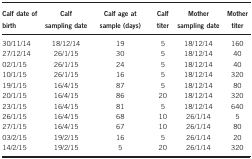
<table><thead><tr><td><b>Calf date of birth</b></td><td><b>Calf sampling date</b></td><td><b>Calf age at sample (days)</b></td><td><b>Calf titer</b></td><td><b>Mother sampling date</b></td><td><b>Mother titer</b></td></tr></thead><tbody><tr><td>30/11/14</td><td>18/12/14</td><td>19</td><td>5</td><td>18/12/14</td><td>160</td></tr><tr><td>27/12/14</td><td>26/1/15</td><td>30</td><td>5</td><td>18/12/14</td><td>40</td></tr><tr><td>02/1/15</td><td>26/1/15</td><td>24</td><td>5</td><td>18/12/14</td><td>40</td></tr><tr><td>10/1/15</td><td>26/1/15</td><td>16</td><td>5</td><td>18/12/14</td><td>320</td></tr><tr><td>19/1/15</td><td>16/4/15</td><td>87</td><td>5</td><td>18/12/14</td><td>80</td></tr><tr><td>20/1/15</td><td>16/4/15</td><td>86</td><td>20</td><td>18/12/14</td><td>320</td></tr><tr><td>23/1/15</td><td>16/4/15</td><td>81</td><td>5</td><td>18/12/14</td><td>640</td></tr><tr><td>26/1/15</td><td>16/4/15</td><td>68</td><td>10</td><td>26/1/14</td><td>5</td></tr><tr><td>27/1/15</td><td>16/4/15</td><td>67</td><td>10</td><td>26/1/14</td><td>80</td></tr><tr><td>03/2/15</td><td>19/2/15</td><td>16</td><td>5</td><td>26/1/14</td><td>20</td></tr><tr><td>14/2/15</td><td>19/2/15</td><td>5</td><td>20</td><td>26/1/14</td><td>320</td></tr></tbody></table>